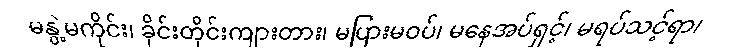
မနွဲ့မကိုင်း၊ ခိုင်းတိုင်းကျားတား၊ မပြားမဝပ်၊ မနေအပ်ရှင့်၊ မရပ်သင့်ရာ၊